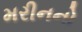
મરીનનો